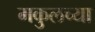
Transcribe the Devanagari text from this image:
मकुलच्या